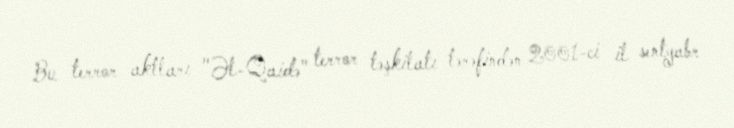
Bu terror aktları "Əl-Qaidə" terror təşkilatı tərəfindən 2001-ci il sentyabr